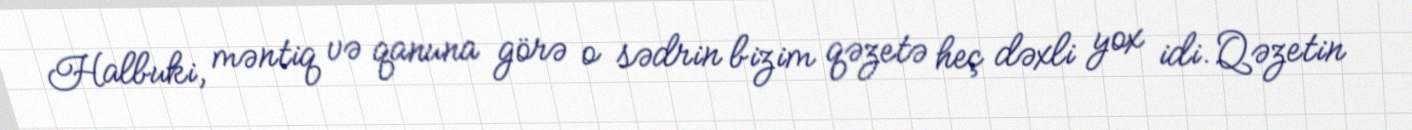
Halbuki, məntiq və qanuna görə o sədrin bizim qəzetə heç dəxli yox idi. Qəzetin